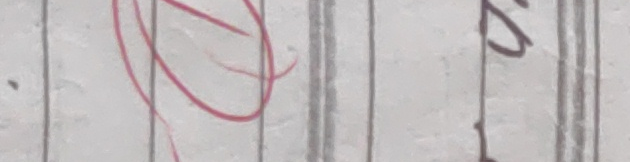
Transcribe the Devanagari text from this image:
२०